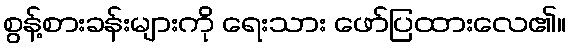
စွန့်စားခန်းများကို ရေးသား ဖော်ပြထားလေ၏။